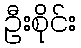
ဦးစိုင်း